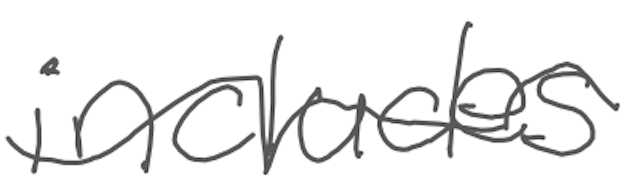
Text: includes
Cross-out: wave
Writing tool: digital_gray